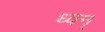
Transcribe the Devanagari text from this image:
ध्वन्